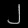
Digit: ၂